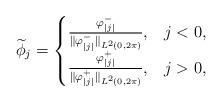
LaTeX: \begin{align*}\widetilde \phi_j=\begin{cases}\frac{\varphi^-_{|j|}}{\|\varphi^-_{|j|}\|_{L^2(0,2\pi)}},&j<0,\\\frac{\varphi^+_{|j|}}{\|\varphi^+_{|j|}\|_{L^2(0,2\pi)}},&j>0,\end{cases}\end{align*}